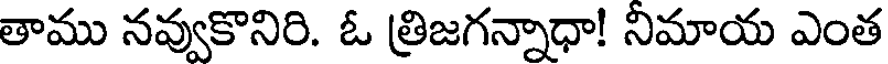
తాము నవ్వుకొనిరి. ఓ త్రిజగన్నాధా! నిమాయ ఎంత